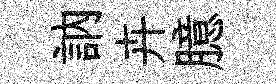
訥卉臆